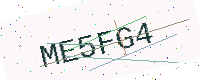
Text: ME5FG4